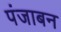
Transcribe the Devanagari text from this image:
पंजाबन